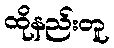
ထိုနည်းတူ